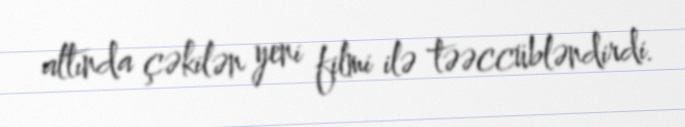
altında çəkilən yeni filmi ilə təəccübləndirdi.